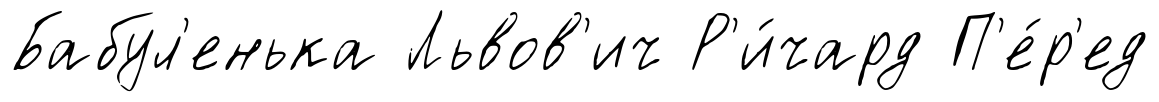
Бабул'енька Львов'ич Р'и́чард П'е́р'ед